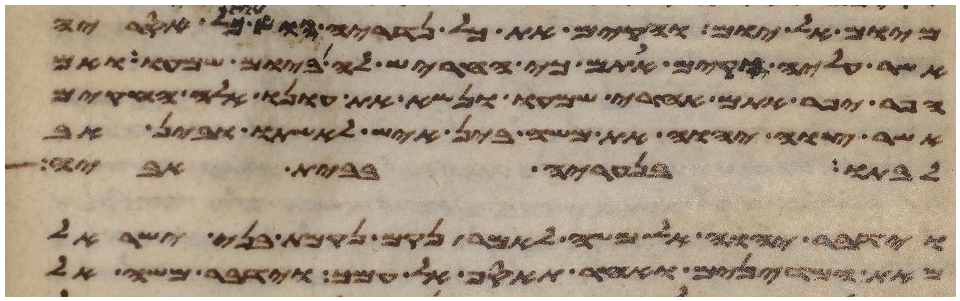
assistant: מיום אל יום והקם את כל נדריה או את כל אסריה
אשר עליה הקים אתם כי חריש לה ביום שמעו ואם
הפר יפיר אתם אחרי שמעו ונשא את עונו אלה החקים
אשר צוה יהוה את משה בין איש לאשתו ובין אב
לבתו בנעריה בבית אביה
וידבר יהוה אל משה לאמר נקם נקמת בני ישראל
מאת המדינים ואחר תאסף אל עמך וידבר משה אל